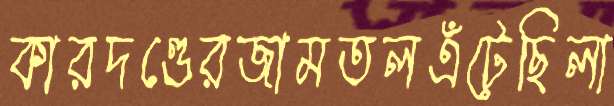
কারদণ্ডেরজামতলএঁটেছিলা